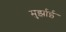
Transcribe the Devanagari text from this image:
मुर्झाई